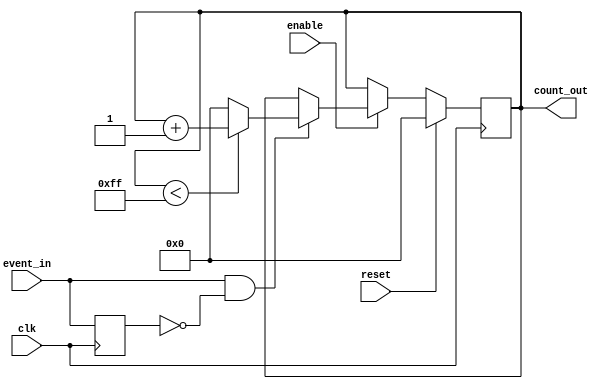
module event_triggered_counter (
    input wire clk,           // Clock signal
    input wire reset,         // Active high reset signal
    input wire enable,        // Active high enable signal
    input wire event_in,      // Event signal for counting
    output reg [N-1:0] count_out // Count output (N bits wide)
);
    parameter N = 8; // Width of the count output, adjustable as needed
    reg event_last; // To hold the previous state of event_in for edge detection

    always @(posedge clk) begin
        // Check for reset condition
        if (reset) begin
            count_out <= 0; // Reset the count to zero
        end else if (enable) begin
            // Check for rising edge of event_in
            if (event_in && !event_last) begin
                // Increment the counter, with wrapping around
                if (count_out < (1 << N) - 1) begin
                    count_out <= count_out + 1; // Increment count
                end else begin
                    count_out <= 0; // Wrap around to zero
                end
            end
        end
        
        // Update the last event signal for edge detection
        event_last <= event_in;
    end
endmodule